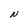
Character: N